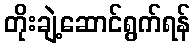
တိုးချဲ့ဆောင်ရွက်ရန်